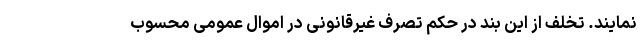
نمایند. تخلف از این بند در حکم تصرف غیرقانونی در اموال عمومی محسوب